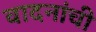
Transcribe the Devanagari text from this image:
वादनांची